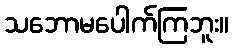
သဘောမပေါက်ကြဘူး။